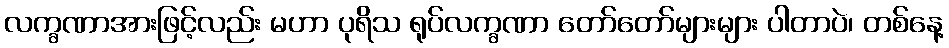
လက္ခဏာအားဖြင့်လည်း မဟာ ပုရိသ ရုပ်လက္ခဏာ တော်တော်များများ ပါတာပဲ၊ တစ်နေ့